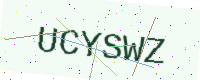
Text: UCYSWZ